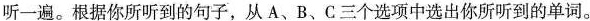
听一遍。根据你所听到的句子，从A、B、C三个选项中选出你所听到的单词。